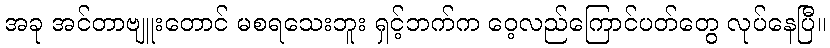
အခု အင်တာဗျူးတောင် မစရသေးဘူး ရှင့်ဘက်က ဝေ့လည်ကြောင်ပတ်တွေ လုပ်နေပြီ။